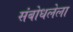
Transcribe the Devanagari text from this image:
संबोधलेला